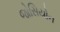
જોસિયોન